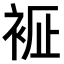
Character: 𧙼